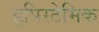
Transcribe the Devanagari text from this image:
इपिस्टेमिक